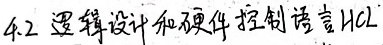
4.2 逻辑设计和硬件控制语言HCL